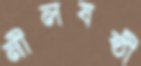
নীলষষ্ঠী